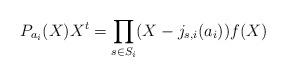
LaTeX: \begin{align*}P_{a_i}(X)X^{t} = \prod_{s\in S_i}(X-j_{s,i}(a_i)) f(X)\end{align*}